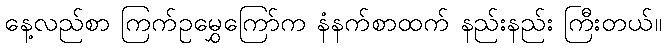
နေ့လည်စာ ကြက်ဥမွှေကြော်က နံနက်စာထက် နည်းနည်း ကြီးတယ်။